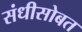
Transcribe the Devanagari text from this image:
संधीसोबत